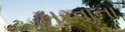
ખરવાના